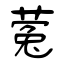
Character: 蒬